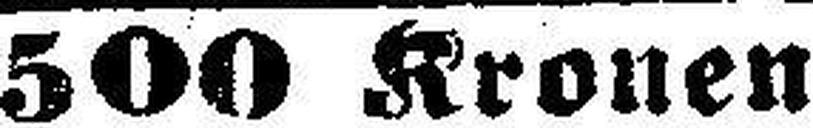
500 Kronen